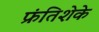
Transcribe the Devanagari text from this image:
फ्रंतिशेके